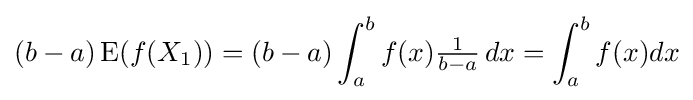
(b-a)\operatorname {E} (f(X_{1}))=(b-a)\int _{a}^{b}f(x){\tfrac {1}{b-a}}\,dx=\int _{a}^{b}f(x){dx}